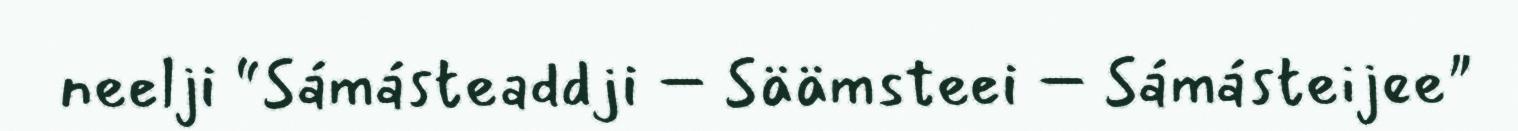
neelji “Sámásteaddji – Säämsteei – Sámásteijee"